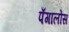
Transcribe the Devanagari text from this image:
पँगालोस